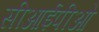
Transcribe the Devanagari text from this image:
सीआईपीओ